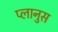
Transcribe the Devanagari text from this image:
प्लानुस